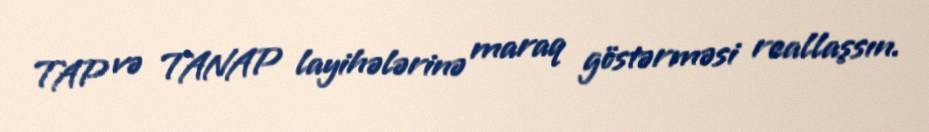
TAP və TANAP layihələrinə maraq göstərməsi reallaşsın.